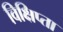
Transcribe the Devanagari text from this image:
विक्षिप्ता